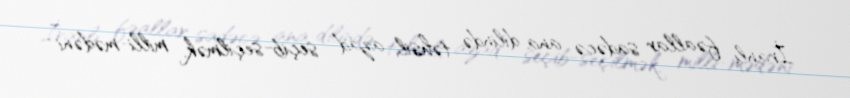
İranlı fəallar sadəcə ana dilində təhsil, azad seçib-seçilmək, milli-mədəni